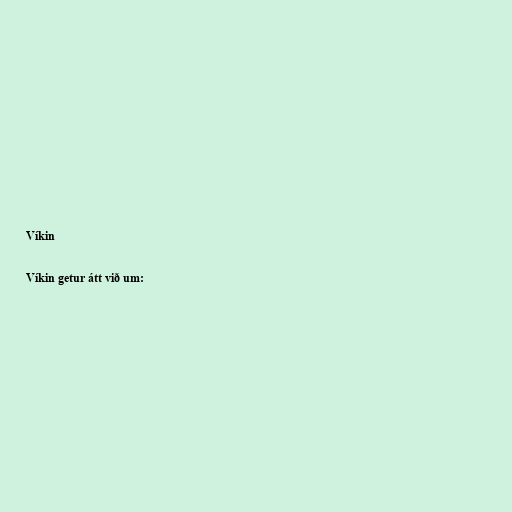
Víkin

Víkin getur átt við um: